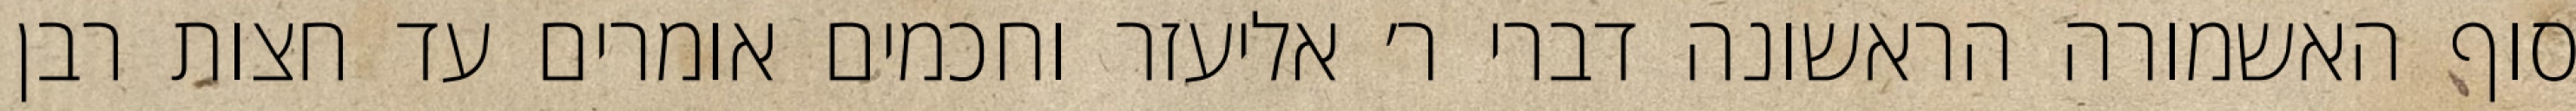
סוף האשמורה הראשונה דברי ר׳ אליעזר וחכמים אומרים עד חצות רבן